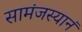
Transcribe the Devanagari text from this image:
सामंजस्यानं